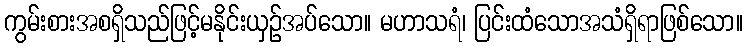
ကွမ်းစားအစရှိသည်ဖြင့်မနိုင်းယှဉ်အပ်သော။ မဟာသရံ၊ ပြင်းထံသောအသံရှိရာဖြစ်သော။